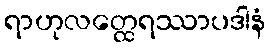
ရာဟုလတ္ထေရဿာပဒါနံ